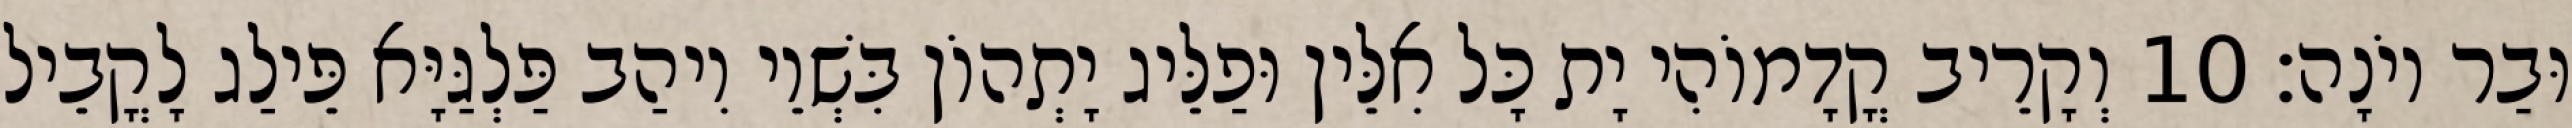
וּבַר יוֹנָה׃ 10 וְקָרֵיב קֳדָמוֹהִי יָת כָּל אִלֵּין וּפַלֵּיג יָתְהוֹן בִּשְׁוֵי וִיהַב פַּלְגַּיָּא פֵּילַג לָקֳבֵיל